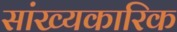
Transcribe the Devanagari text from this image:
सांख्यकारिक